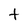
Character: t